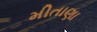
મીતાણા